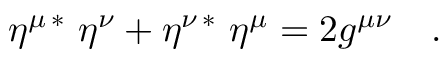
\eta ^ { \mu \, * } \, \, \eta ^ { \nu } + \eta ^ { \nu \, * } \, \, \eta ^ { \mu } = 2 g ^ { \mu \nu } \quad .